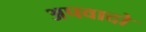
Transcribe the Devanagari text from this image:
अपवादो